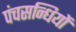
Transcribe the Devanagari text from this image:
पंचसन्धियों